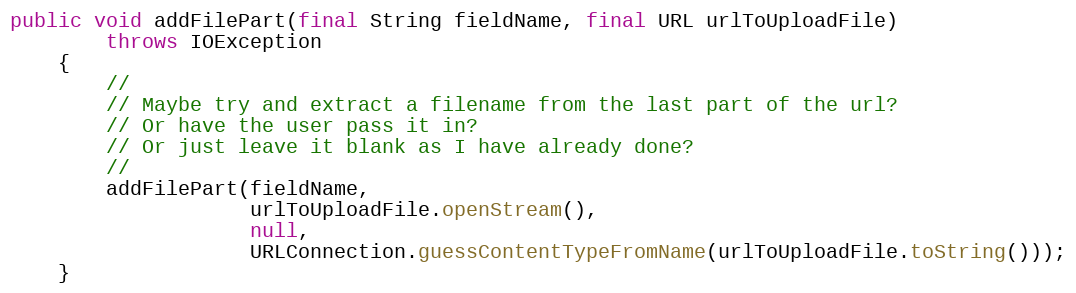
Language: Java
public void addFilePart(final String fieldName, final URL urlToUploadFile)
        throws IOException
    {
        //
        // Maybe try and extract a filename from the last part of the url?
        // Or have the user pass it in?
        // Or just leave it blank as I have already done?
        //
        addFilePart(fieldName,
                    urlToUploadFile.openStream(),
                    null,
                    URLConnection.guessContentTypeFromName(urlToUploadFile.toString()));
    }